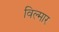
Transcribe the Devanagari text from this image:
विल्मार